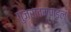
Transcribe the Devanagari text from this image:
गुजरातमण्डल